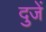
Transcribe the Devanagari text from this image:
दुजें